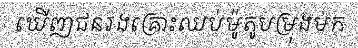
ឃើញជនរងគ្រោះឈប់ម៉ូតូបម្រុងមក